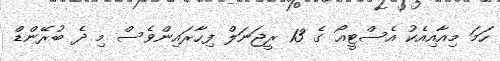
ހަމަ މިއާއިއެކު އެސްޓީއޯ ގެ 13 ރީޖަނަލް ފިހާރައިންވެސް މި ދެ ބުރޭންޑް